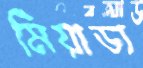
মিয়াডা